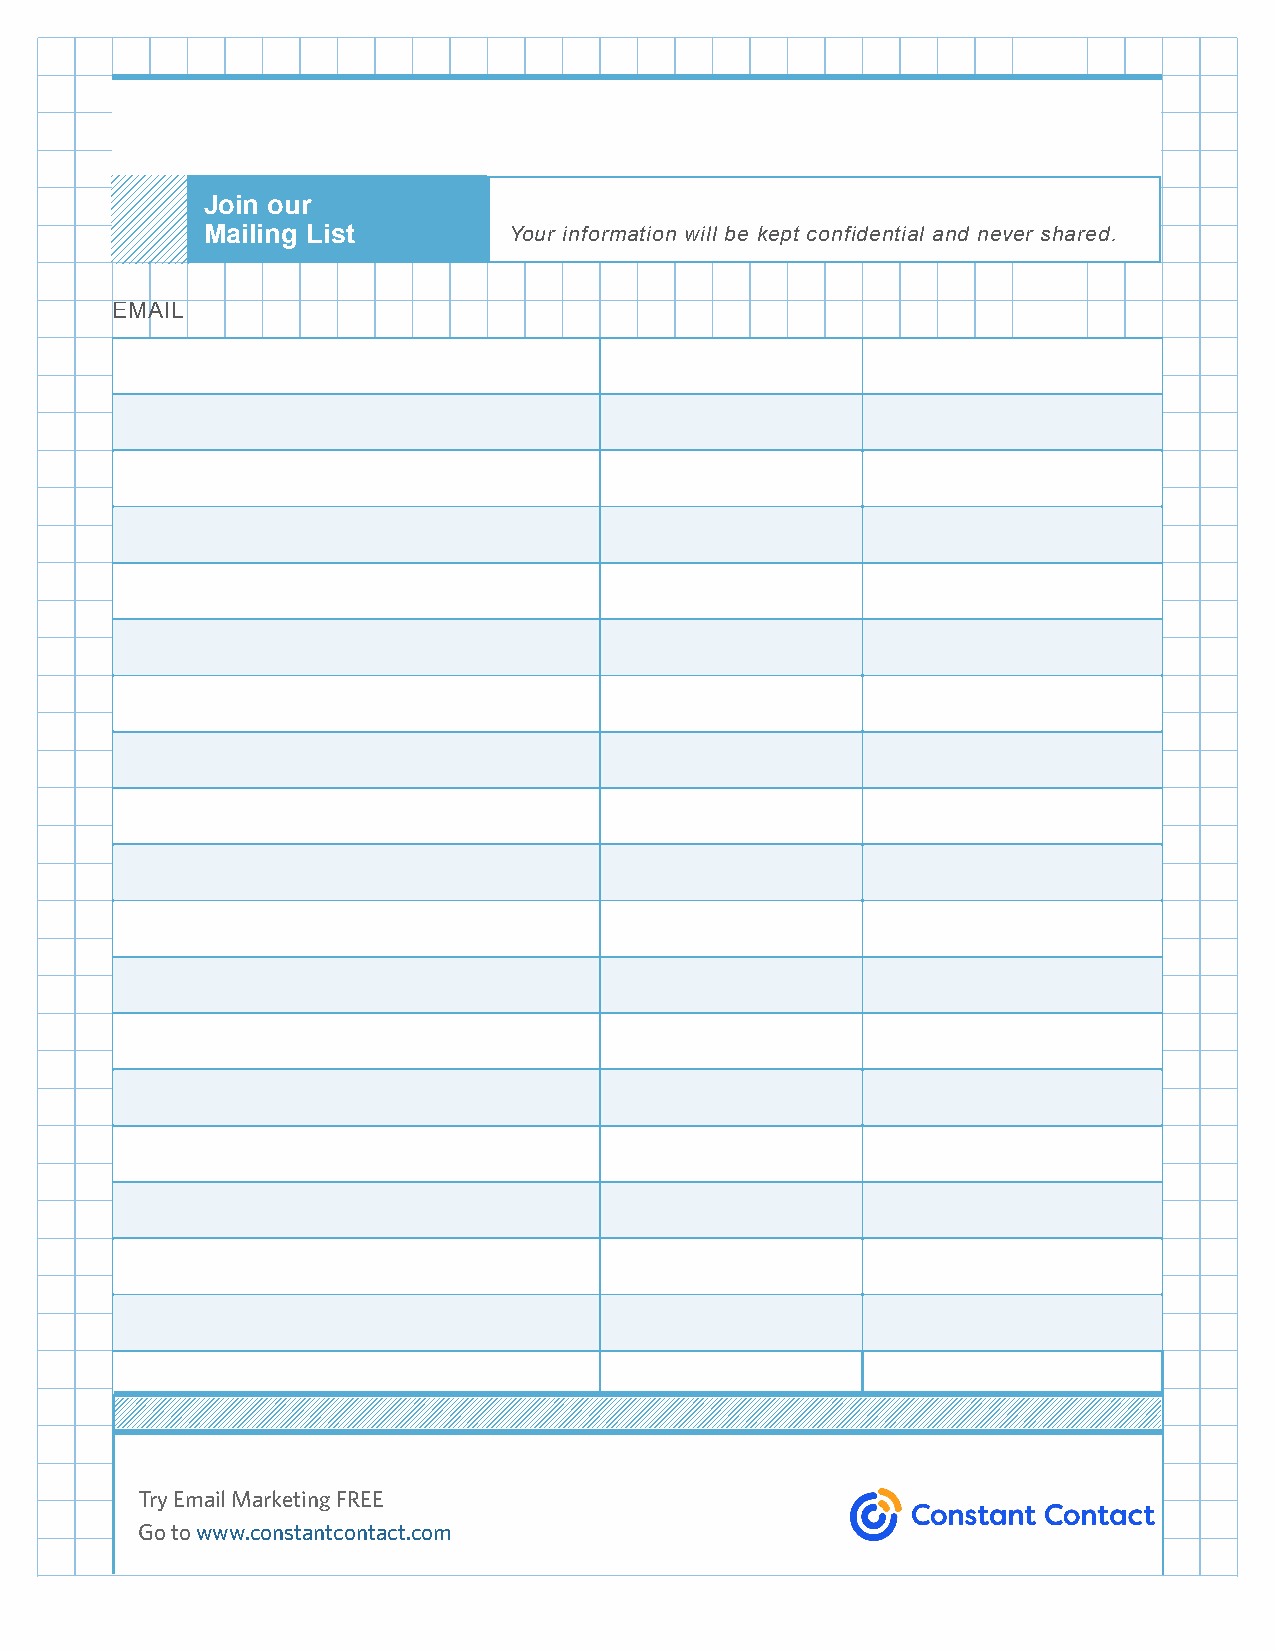
Join our
 Mailing List         Your information will be kept confidential and never shared.
 EMAIL
 Try Email Marketing FREE
 Go to www.constantcontact.com